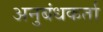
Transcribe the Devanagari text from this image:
अनुबंधकर्ता